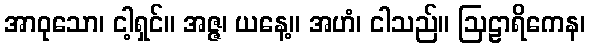
အာဝုသော၊ ငါ့ရှင်။ အဇ္ဇ၊ ယနေ့။ အဟံ၊ ငါသည်။ ဩဠာရိကေန၊